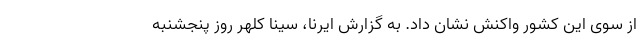
از سوی این کشور واکنش نشان داد. به گزارش ایرنا، سینا کلهر روز پنجشنبه